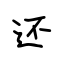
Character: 还